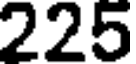
225